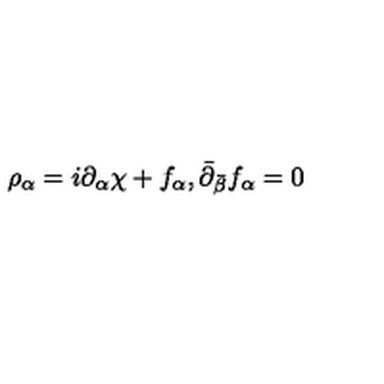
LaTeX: \rho _ { \alpha } = i \partial _ { \alpha } \chi + f _ { \alpha } , \bar { \partial } _ { \bar { \beta } } f _ { \alpha } = 0